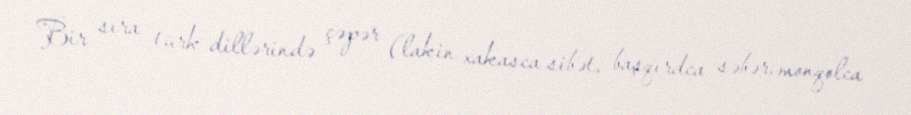
Bir sıra türk dillərində çəpər (lakin xakasca sibət, başqırdca səbər, monqolca